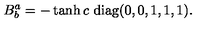
B _ { b } ^ { a } = - \tanh c \ \mathrm { d i a g } ( 0 , 0 , 1 , 1 , 1 ) .